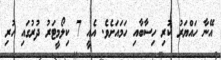
އޭނާ ހައްޔަރު ކުރި ހިސާބާއި ހަމައަށެވެ. އެއީ 7 ކިލޯމީޓަރު ދުރުގައި ހުރި